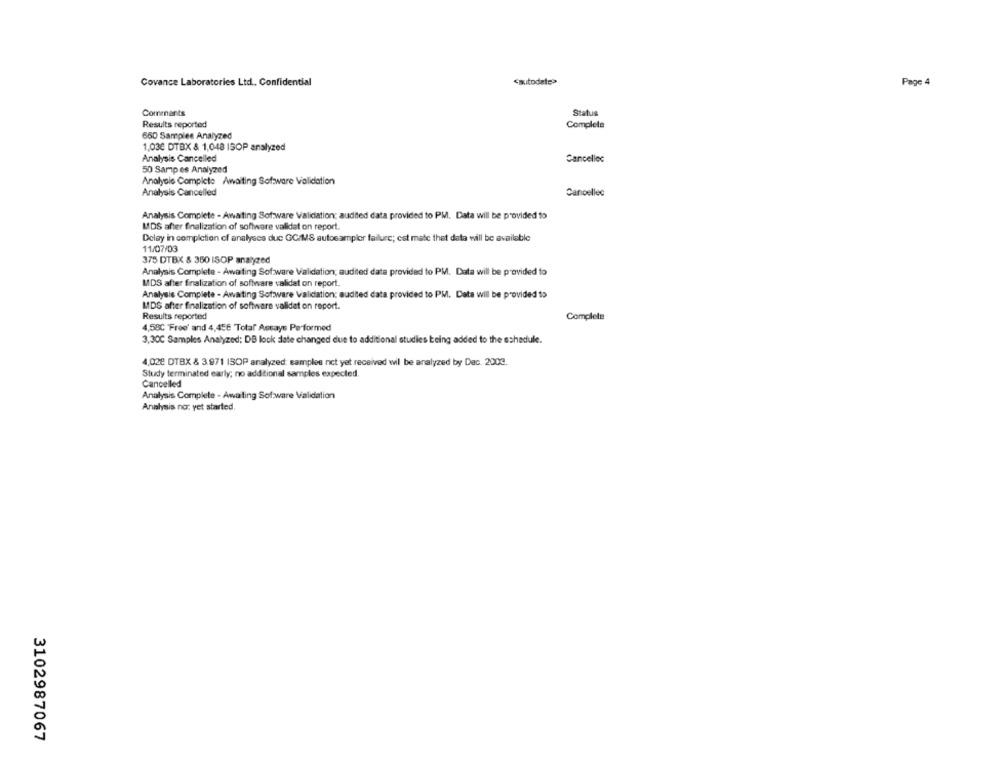
Covance Laboratories Ltd. Confidential
<autodate>
Page 4
Commants
Status
Results reported
Complete
650 Samples Analyzed
1,03€ DTBX & 1,048 ISOP analyzed
Analysis Cancelled
Cancelloc
50 Samp es Analyzed
Analysle Compicte Awaiting Software Validation
Analysis Cancelled
Cancellec
Analysis Complete - Awaiting Sof ware Validation: audited data provided to PM. Data will be provided to
MADS after finalization of software validat on report.
Delay in completion of analyses duc GC/MS autos amplor failure; est mate thet data will be available
11/07/03
375 DTBX & 350 ISOP analyzed
Analysis Complete - Awaiting Sofware Validation; audited data provided to PM. Data will be provided to
MDS after finalization of software validat on report.
Analysis Complete - Awaiting Software Validation: audited data provided to PM. Data will be provided to
MDS after finalization of software validat on report.
Results reported
Complete
4,58C Free' and 4,456 Total Assays Performed
3,30℃ Samples Analyzed: DB lock date changed due to additional studies being added to the schedule.
4,02€ DTBX & 3.971 ISOP analyzed: samples not yet received wil be analyzed by Dac. 2003.
Study terminated early; no additional samples expected.
Cancelled
Analysis Complete - Awaiting Sof ware Validation
Analysis no: yet started,
3102987067